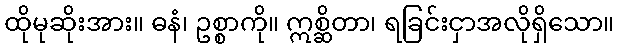
ထိုမုဆိုးအား။ ဓနံ၊ ဥစ္စာကို။ ဣစ္ဆိတာ၊ ရခြင်းငှာအလိုရှိသော။